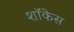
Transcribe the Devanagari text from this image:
शाॅकेस